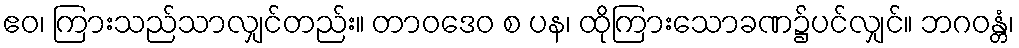
ဧဝ၊ ကြားသည်သာလျှင်တည်း။ တာဝဒေဝ စ ပန၊ ထိုကြားသောခဏ၌ပင်လျှင်။ ဘဂဝန္တံ၊